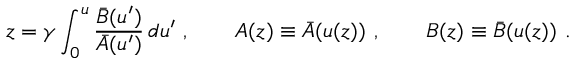
z = \gamma \int _ { 0 } ^ { u } \frac { { \bar { B } } ( u ^ { \prime } ) } { { \bar { A } } ( u ^ { \prime } ) } \, d u ^ { \prime } \ , \qquad A ( z ) \equiv { \bar { A } } ( u ( z ) ) \ , \qquad B ( z ) \equiv { \bar { B } } ( u ( z ) ) \ .